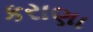
કરાણા